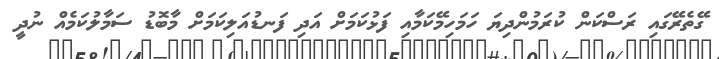
ގޭތެރޭގައި ރަސްކަން ކުރަމުންދިޔަ ހަމަހިމޭކަމާއި ފަޅުކަމަށް އަދި ފަނޑުއަލިކަމަށް މާބޮޑު ސަމާލުކަމެއް ނުދީ